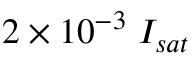
2 \times 1 0 ^ { - 3 } \; I _ { s a t }